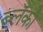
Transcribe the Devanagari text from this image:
ब्लँको